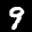
Label: 9